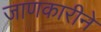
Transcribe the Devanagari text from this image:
जाणकारीने